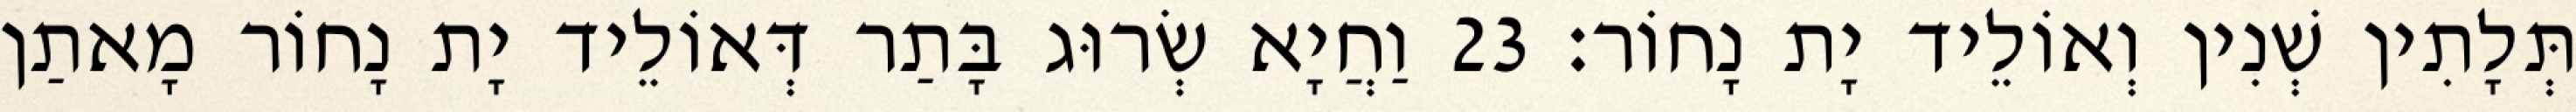
תְּלָתִין שְׁנִין וְאוֹלֵיד יָת נָחוֹר׃ 23 וַחֲיָא שְׂרוּג בָּתַר דְּאוֹלֵיד יָת נָחוֹר מָאתַן